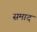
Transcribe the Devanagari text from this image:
समाद